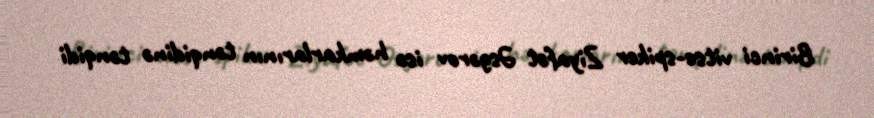
Birinci vitse-spiker Ziyafət Əsgərov isə həmkarlarının tənqidinə tənqidi